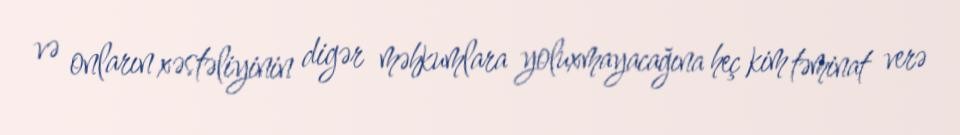
və onların xəstəliyinin digər məhkumlara yoluxmayacağına heç kim təminat verə